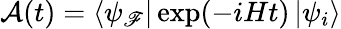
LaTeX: {\cal{A}}(t)=\left\langle\psi_{\mathscr{F}}\right|\exp(-iHt)\left|\psi_{i}\right\rangle